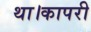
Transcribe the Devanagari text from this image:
था।कापरी